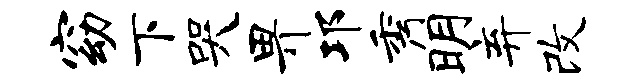
窈下哭畀邛秀明弃改